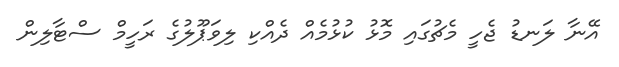
އޭނާ ލަނޑު ޖެހީ މެޗުގައި މޮޅު ކުޅުމެއް ދެއްކި ލިވަޕޫލުގެ ރަހީމް ސްޓާލިން